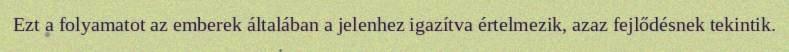
Ezt a folyamatot az emberek általában a jelenhez igazítva értelmezik, azaz fejlődésnek tekintik.